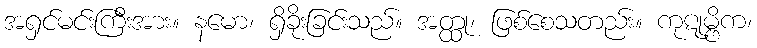
အရှင်မင်းကြီးအား။ နမော၊ ရှိခိုးခြင်းသည်။ အတ္ထု၊ ဖြစ်စေသတည်း။ ကုဋုမ္ဗိက၊